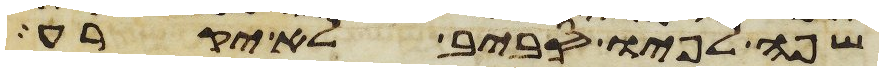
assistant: שפה לפיו סביב לא יקרע